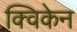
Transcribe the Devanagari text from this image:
क्विकेन